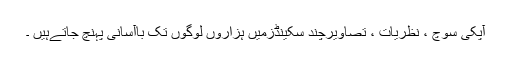
آپکی سوچ ، نظریات ، تصاویرچند سکینڈزمیں ہزاروں لوگوں تک باآسانی پہنچ جاتےہیں ۔